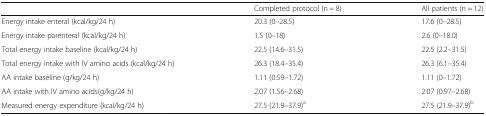
<table><thead><tr><td></td><td><b>Completed protocol (n = 8)</b></td><td><b>All patients (n = 12)</b></td></tr></thead><tbody><tr><td>Energy intake enteral (kcal/kg/24 h)</td><td>20.3 (0–28.5)</td><td>17.6 (0–28.5)</td></tr><tr><td>Energy intake parenteral (kcal/kg/24 h)</td><td>1.5 (0–18)</td><td>2.6 (0–18.0)</td></tr><tr><td>Total energy intake baseline (kcal/kg/24 h)</td><td>22.5 (14.6–31.5)</td><td>22.5 (2.2–31.5)</td></tr><tr><td>Total energy intake with IV amino acids (kcal/kg/24 h)</td><td>26.3 (18.4–35.4)</td><td>26.3 (6.1–35.4)</td></tr><tr><td>AA intake baseline (g/kg/24 h)</td><td>1.11 (0.59–1.72)</td><td>1.11 (0–1.72)</td></tr><tr><td>AA intake with IV amino acids(g/kg/24 h)</td><td>2.07 (1.56–2.68)</td><td>2.07 (0.97–2.68)</td></tr><tr><td>Measured energy expenditure (kcal/kg/24 h)</td><td>27.5 (21.9–37.9)<sup>a</sup></td><td>27.5 (21.9–37.9)<sup>b</sup></td></tr></tbody></table>